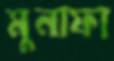
মুনাফা